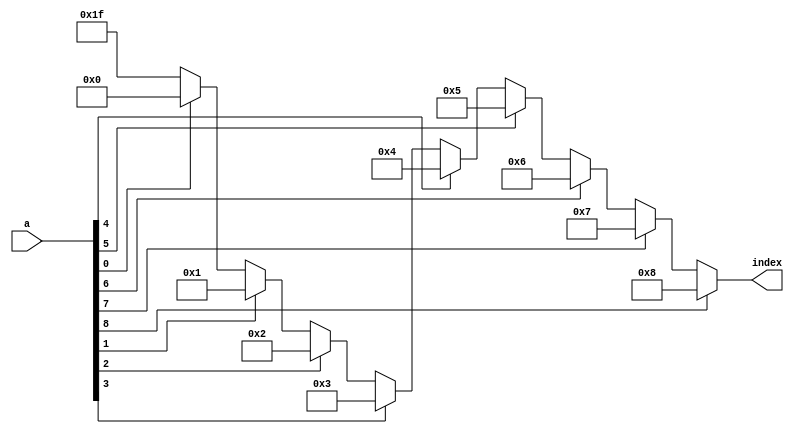
`timescale 1ns / 1ps
//////////////////////////////////////////////////////////////////////////////////
// Company: 
// Engineer: 
// 
// Design Name: 
// Module Name: leading_one
// Project Name: 
// Target Devices: 
// Tool Versions: 
// Description: 
// 
// Dependencies: 
// 
// Revision:
// Revision 0.01 - File Created
// Additional Comments:
// 
//////////////////////////////////////////////////////////////////////////////////


module leading_one(
    input [8:0] a,
    output reg signed [4:0] index   //use signed, since index may be -1
    );
    
    always@ * begin
        if(a[8]==1'b1)
            index = 5'd8;
        else if(a[7]==1'b1)
            index = 5'd7;
        else if(a[6]==1'b1)
            index = 5'd6;
        else if(a[5]==1'b1)
            index = 5'd5;
        else if(a[4]==1'b1)
            index = 5'd4;
        else if(a[3]==1'b1)
            index = 5'd3;
        else if(a[2]==1'b1)
            index = 5'd2;
        else if(a[1]==1'b1)
            index = 5'd1;
        else if(a[0]==1'b1)
            index = 5'd0;
        else
            index = 5'd0 - 1;
    end
endmodule